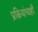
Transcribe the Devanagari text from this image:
प्रक्रियांचाही